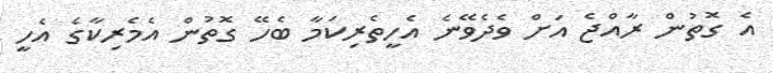
އެ ގޮތުން ރާއްޖެ އަށް ވެދެވޭނެ އެހީތެރިކަމާ ބެހޭ ގޮތުން އެމެރިކާގެ އެހީ